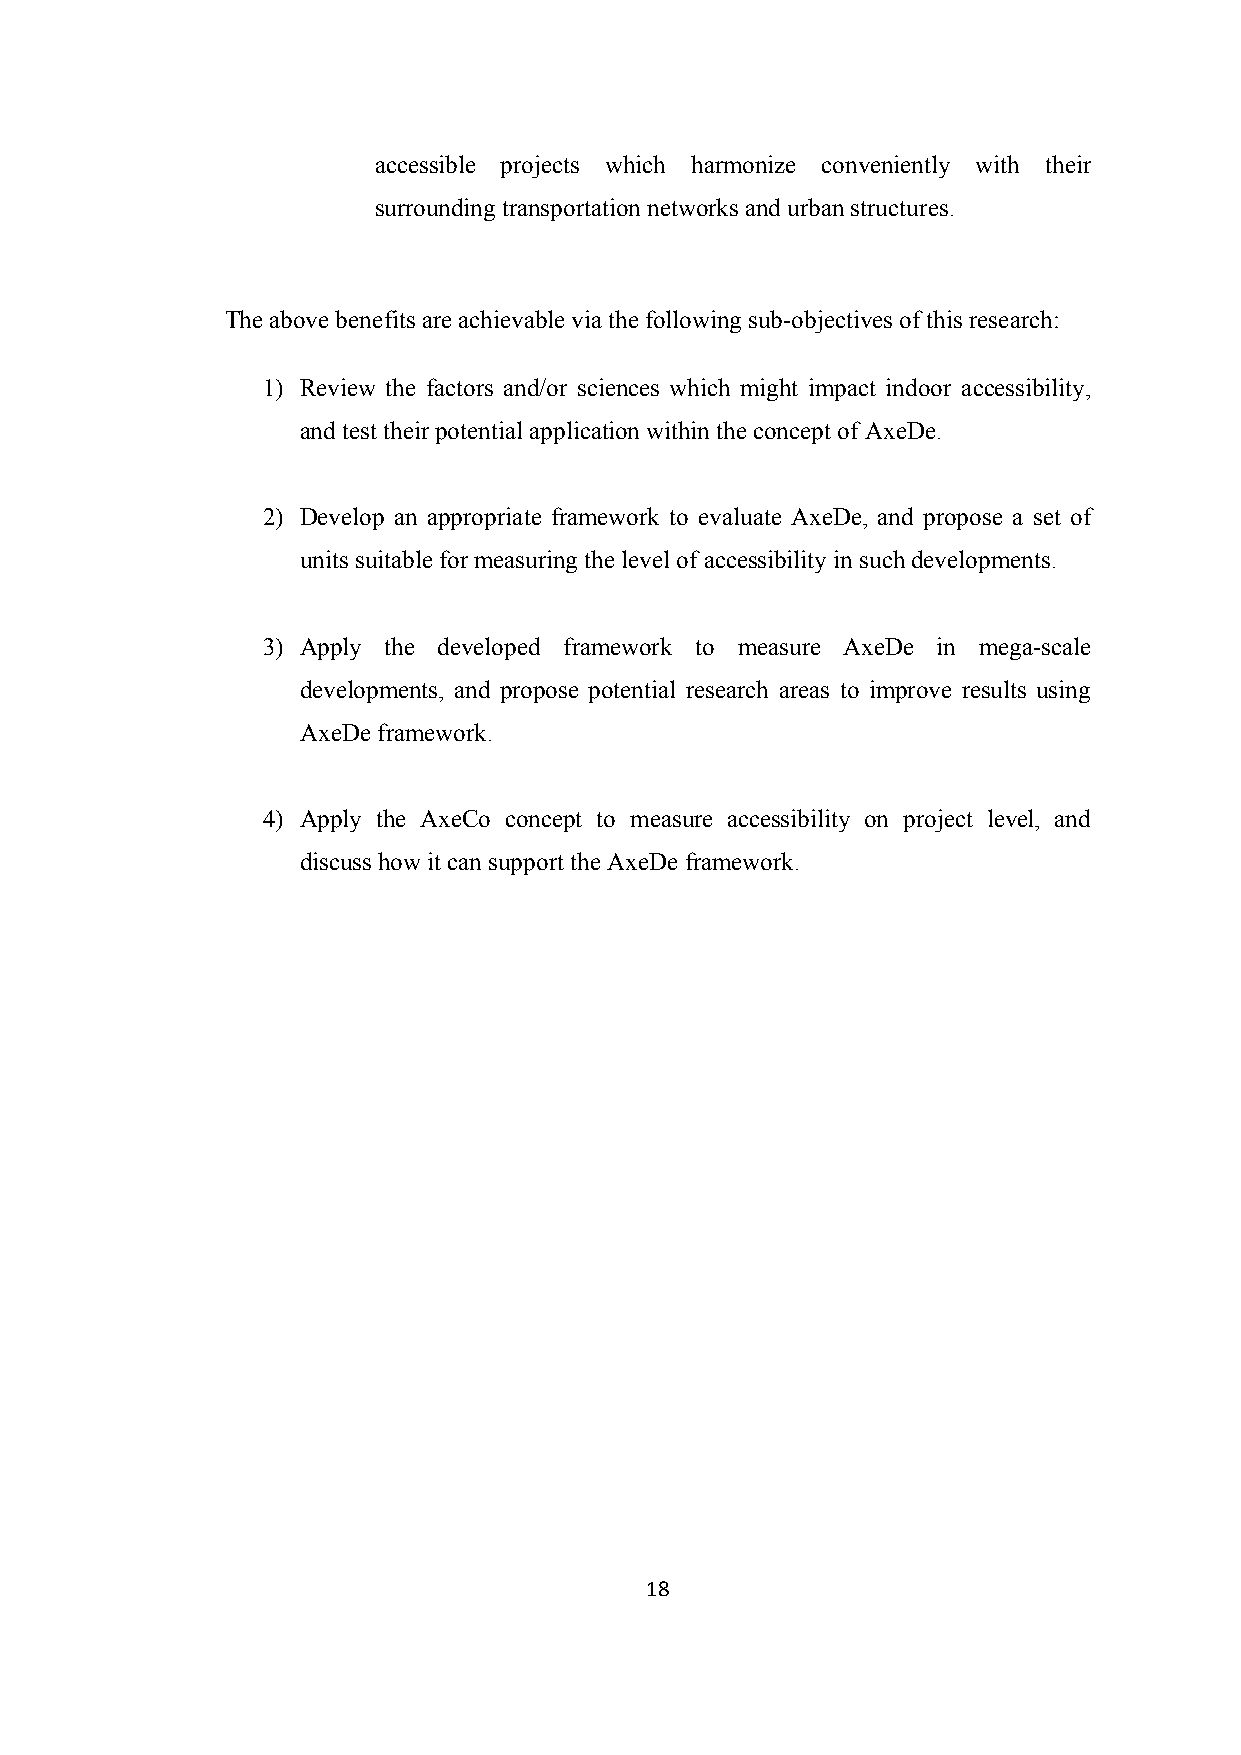
accessible projects which harmonize conveniently with their
 surrounding transportation networks and urban structures.
 The above benefits are achievable via the following sub-objectives of this research:
 1) Review the factors and/or sciences which might impact indoor accessibility,
 and test their potential application within the concept of AxeDe.
 2) Develop an appropriate framework to evaluate AxeDe, and propose a set of
 units suitable for measuring the level of accessibility in such developments.
 3) Apply the developed framework to measure AxeDe in mega-scale
 developments, and propose potential research areas to improve results using
 AxeDe framework.
 4) Apply the AxeCo concept to measure accessibility on project level, and
 discuss how it can support the AxeDe framework.
 18